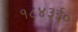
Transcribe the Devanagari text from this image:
१८४३ई०